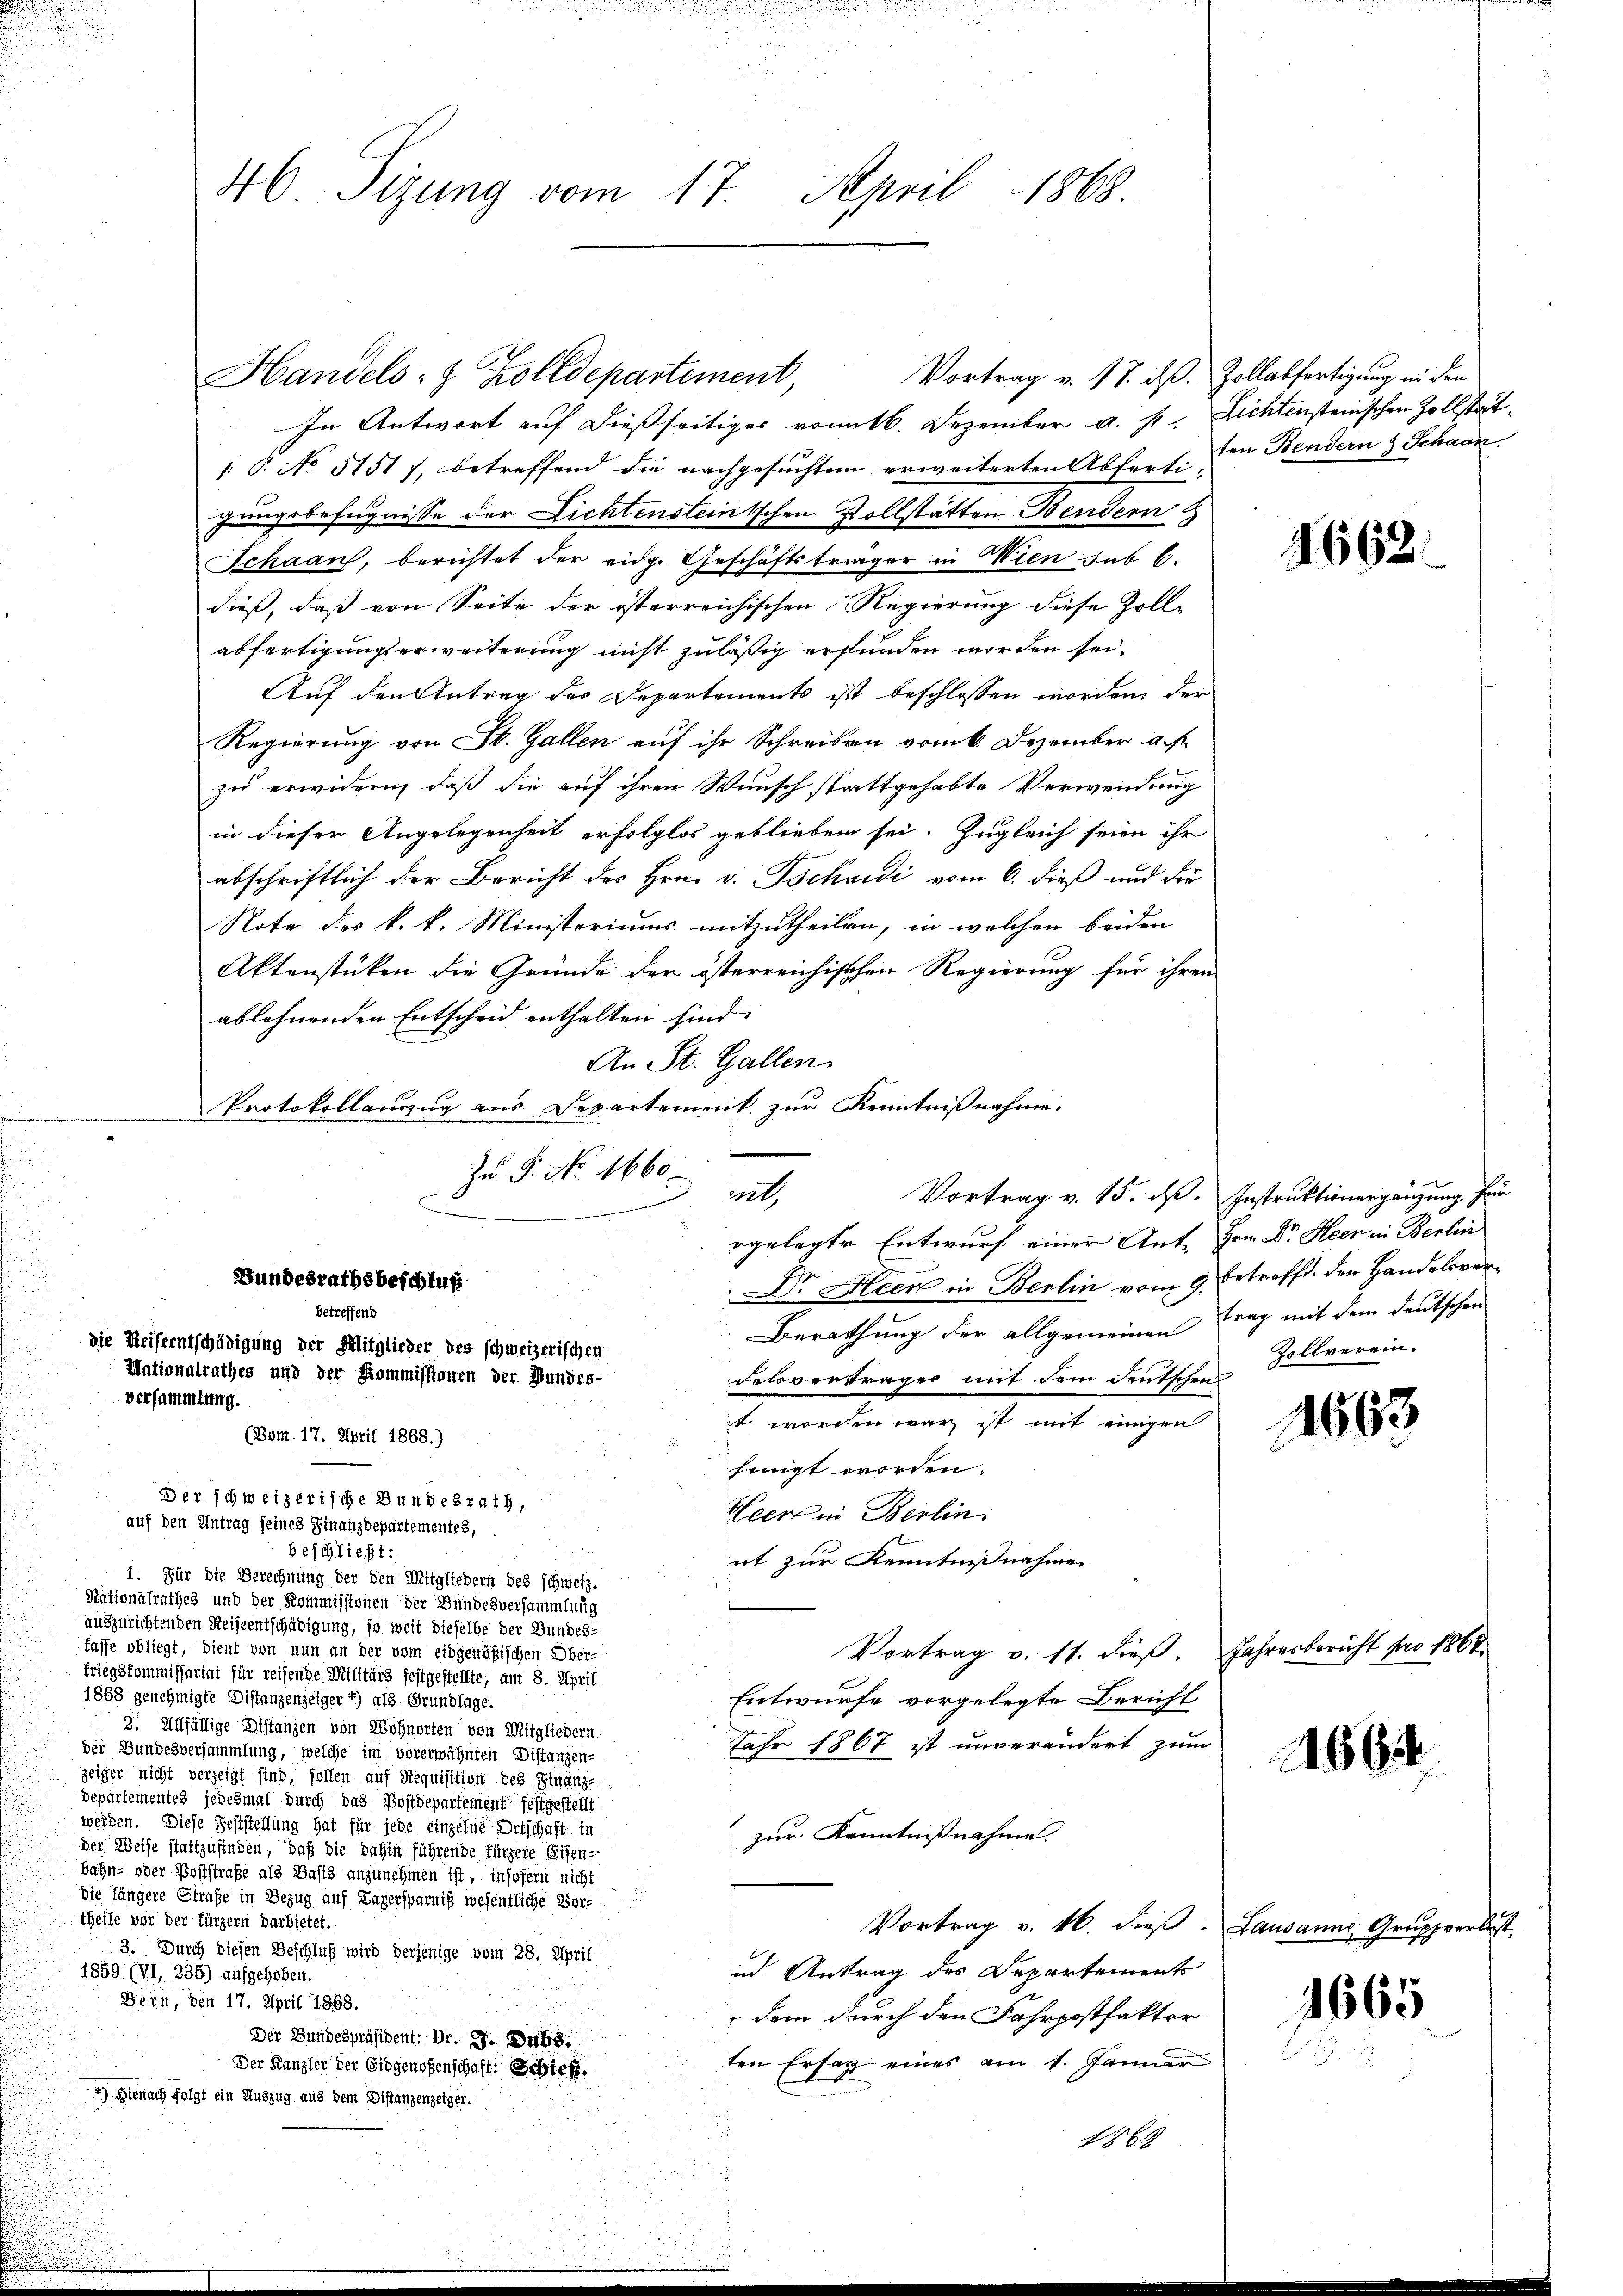
46 Sizung vom 17. April 1868

Vortrag v. 17. ds. Zollabfertigung in den
Handels- & Zolldepartement,
In Antwort auf dießseitiges vom 16. Dezember a. s. Lichtensteinischen Zollstät¬
1. P. No 5151 f, betreffend die nachgesuchtem erweiterten Abfert. in Bendern & Schann
gungsbefugnisse der Lichtensteintschen Vollstätten Bendern
Schaan, berichtet der eidg. Geschäftsträger in Wien sub 6.
dieß, daß von Seite der österreichischen Regierung diese Zoll-
abfertigungserweiterung nicht zuläßig erfunden worden sei.
Auf den Antrag des Departements ist beschlossen worden, der
Regierung von St. Gallen auf ihr Schreiben vom 6. Dezember a. f.
zu erwidern, daß die auf ihren Wunsch stattgehabte Verwendung
in dieser Angelegenheit erfolglos geblieben sei. Zugleich seien ihr
t
abschriftlich der Bericht des Hrn. v. Tschudi vom 6. dieß und die
Note des k. k. Ministeriums mitzutheilen, in welchen beiden
Aktenstücken die Gründe der österreichischen Regierung für ihren
ablehnenden Entscheid enthalten sind.
An St. Gallen.
Protokollanzug aus Departement zur Kenntnißnahme.
Zu P. No. 1660.
rgelegte Entwurf einer Ant. Hrn. Dr. Heer in Berlin
Bundesrathsbeschluß
Dr. Heer in Berlin vom 9. betreffd. der Handelsverbetreffend
Berathung der allgemeinen trag mit dem deutschen
die Reiseentschädigung der Mitglieder des schweizerischen
Mationalrathes und der Kommissionen der Bundes-
Felsvertrages mit dem deutschen
versammlung.
t worden war ist mit einigen
(Bom. 17. April 1868.)
einigt worden.
Der schweizerische Bundesrath,
Heers in Berlin.
auf den Antrag seines Finanzdepartementes,
beschließt:
nt zur Kenntnißnahme
1. Für die Berechnung der den Mitgliedern des schweiz.
Stationalrathes und der Kommissionen der Bundesversammlung
auszurichtenden Reiseentschädigung, ja weit dieselbe der Bundes-
fasse obliegt, dient von nun an der vom eidgenößischen Ober-
Vortrag v. 11. dieß.
triegskommissariat für reisende Militärs festgestellte, am 8. April
1868 genehmigte Distanzenzeiger 2) als Grundlage.
Entwurfe vorgelegte Bericht
3. Allfällige Distanzen von Wohnorten von Mitgliedern.
Jahr 1867 ist unverändert zum
der Bundesversammlung, welche im vorerwähnten Distanzen-
zeiger nicht verzeigt sind, sollen auf Requisition des Finanz-
departementes jedesmal durch das Postdepartement festgestellt
werden. Diese Feststellung hat für jede einzelne Ortschaft in
zur Kenntnißnahme
der Weise stattzufinden, daß die dahin führende fürzere Seiten
bahn- oder Poststrafe als Basts anzunehmen ist, insofern nicht
die längere Straße in Bezug auf Lagersparniß wesentliche Vor-
theile vor der fürzern darbietet.
Vortrag v. 16. dieß.
3. Durch diesen Beschluß wird derjenige vom 28. April
ud Antrag des Departements
1859 (VI, 235) aufgehoben.
Bern, den 17. April 1888.
 dem durch den Fahrpostfakter
Der Bundespräsident: Dr. J. Dubs.
ten Ersatz eines am 1. Jänner
Der Kanzler der Eidgenoßenschaft: Schief
) Hienach folgt ein Auszug aus dem Distanzenzeiger.
1863

mit

Vortrag v. 15. ds. Instruktionergänzung für

4662.

6
Zollverein.

1663

Jahresbericht pro 1868

186

1665

Lausanns, Gruppverlust